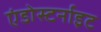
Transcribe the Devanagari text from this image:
एंडोस्टर्नाइट